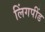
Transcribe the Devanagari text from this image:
लिंगपींड